Note on the mental hospitals in Burma - 1925-1940
Year: 1925
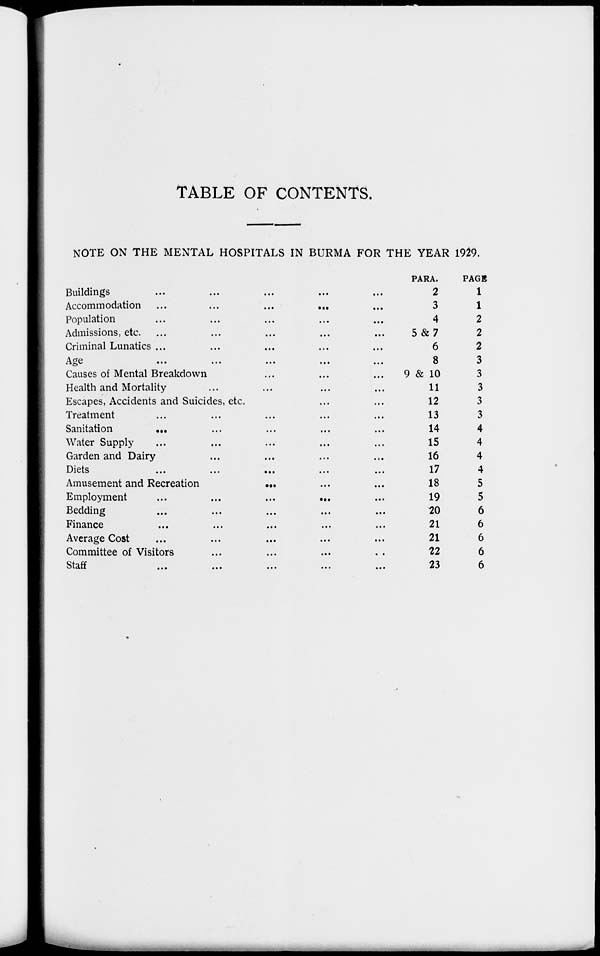
TABLE OF CONTENTS.
NOTE ON THE MENTAL HOSPITALS IN BURMA FOR THE YEAR 1929.
Buildings ... ... ... ... ...
Accommodation ... ... ... ... ...
Population ... ... ... ... ...
Admissions, etc. ... ... ... ... ...
Criminal Lunatics ... ... ... ... ...
Age ... ... ... ... ...
Causes of Mental Breakdown ... ... ...
Health and Mortality ... ... ... ...
Escapes, Accidents and Suicides, etc. ... ...
Treatment ... ... ... ... ...
Sanitation ... ... ... ... ...
Water Supply ... ... ... ... ...
Garden and Dairy ... ... ... ...
Diets
...
...
...
...
...
Amusement and Recreation ... ... ...
Employment
...
...
...
...
...
Bedding ... ... ... ... ...
Finance ... ... ... ... ...
Average Cost ... ... ... ... ...
Committee of Visitors ... ... ... ...
Staff
...
...
...
...
...
PARA.
2
3
4
5 & 7
6
8
9 & 10
11
12
13
14
15
16
17
18
19
20
21
21
22
23
PAGE.
1
1
2
2
2
3
3
3
3
3
4
4
4
4
5
5
6
6
6
6
6